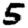
Digit: 5